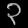
Digit: ၃